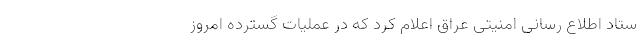
ستاد اطلاع رسانی امنیتی عراق اعلام کرد که در عملیات گسترده امروز